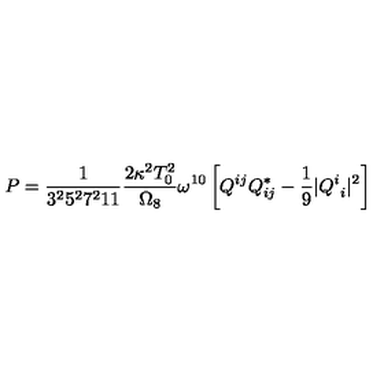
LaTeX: P = \frac { 1 } { 3 ^ { 2 } 5 ^ { 2 } 7 ^ { 2 } 1 1 } \frac { 2 \kappa ^ { 2 } T _ { 0 } ^ { 2 } } { \Omega _ { 8 } } \omega ^ { 1 0 } \left[ Q ^ { i j } Q _ { i j } ^ { * } - \frac { 1 } { 9 } | Q _ { \ i } ^ { i } | ^ { 2 } \right]